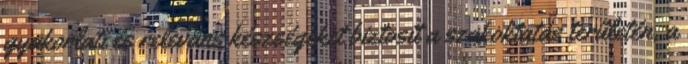
gyakorlati és releváns készségeket biztosít a szakoktatás területén, a